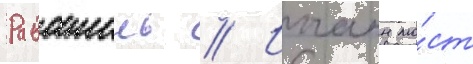
Равашоль // Иоганн мо́ст